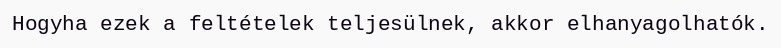
Hogyha ezek a feltételek teljesülnek, akkor elhanyagolhatók.